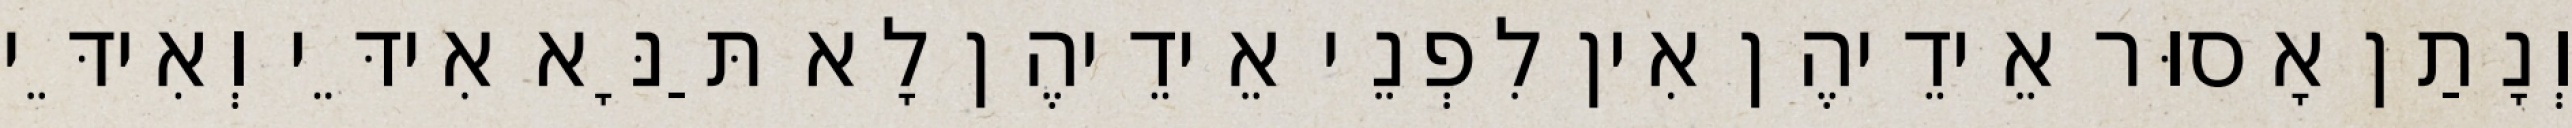
וְנָתַן אָסוּר אֵידֵיהֶן אִין לִפְנֵי אֵידֵיהֶן לָא תַּנָּא אִידֵּי וְאִידֵּי